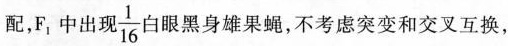
配，F_{1}中出现\frac{1}{16}白眼黑身雄果蝇，不考虑突变和交叉互换，